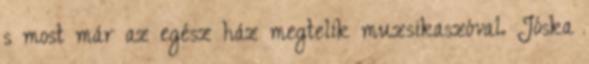
s most már az egész ház megtelik muzsikaszóval. Jóska